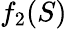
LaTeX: f_{2}(S)